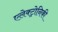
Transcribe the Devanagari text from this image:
एलेक्ट्रोनिकी